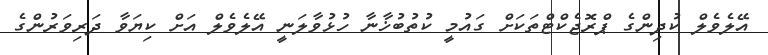
އޭލެވެލް ކުދިންގެ ޕްރޮޖެކްޓްތަކަށް ގައުމީ ކުތުބުޚާނާ ހުޅުވާލަނީ އޭލެވެލް އަށް ކިޔަވާ ދަރިވަރުންގެ